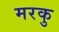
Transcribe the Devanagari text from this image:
मरकु